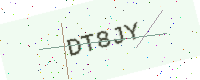
Text: DT8JY